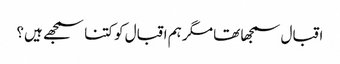
اقبال سمجھا تھا مگر ہم اقبال کو کتنا سمجھے ہیں؟